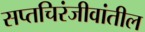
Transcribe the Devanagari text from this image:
सप्तचिरंजीवांतील